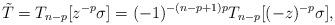
LaTeX: \begin{align*}\tilde{T}=T_{n-p}[z^{-p}\sigma]=(-1)^{-(n-p+1)p}T_{n-p}[(-z)^{-p}\sigma],\end{align*}